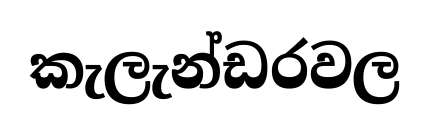
කැලැන්ඩරවල